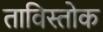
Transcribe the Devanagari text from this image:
ताविस्तोक